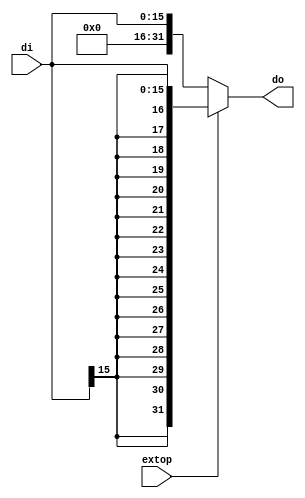
`timescale 1ns / 1ps
//////////////////////////////////////////////////////////////////////////////////
// Company: 
// Engineer: 
// 
// Design Name: 
// Module Name: ext_sign
// Project Name: 
// Target Devices: 
// Tool Versions: 
// Description: 
// 
// Dependencies: 
// 
// Revision:
// Revision 0.01 - File Created
// Additional Comments:
// 
//////////////////////////////////////////////////////////////////////////////////


module ext_sign(input [15:0] di,input extop,output [31:0] do);
assign do=(extop==1)?{{16{di[15]}},di}:{16'b0,di};
endmodule